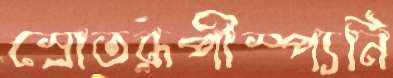
স্রোতরূপীস্প্যনি